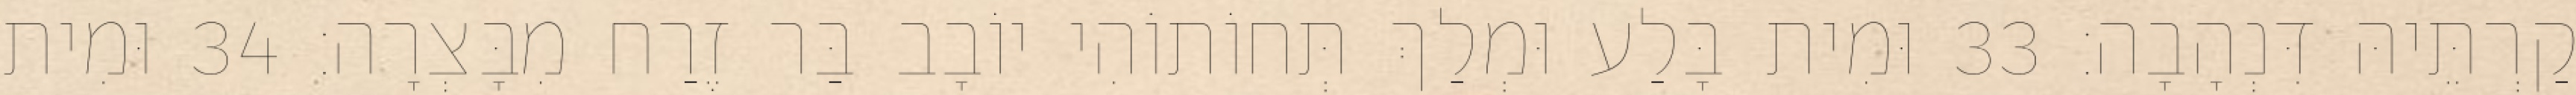
קַרְתֵּיהּ דִּנְהָבָה׃ 33 וּמִית בָּלַע וּמְלַךְ תְּחוֹתוֹהִי יוֹבָב בַּר זֶרַח מִבָּצְרָה׃ 34 וּמִית